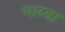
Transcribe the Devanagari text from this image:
भाय्या